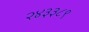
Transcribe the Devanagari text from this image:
२४३३८९